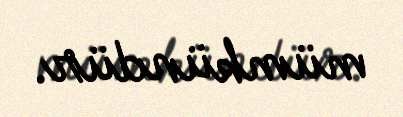
mümkündür.